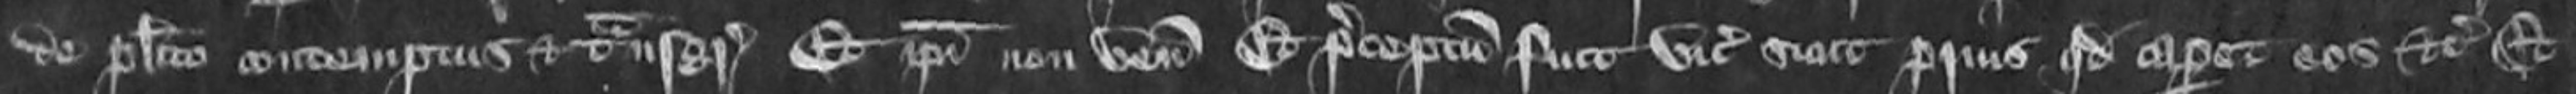
de placito contemptus et transgressus Et ipsi non venit et preceptum fuit vicecomiti sicut prius quod caperet eos etc Et